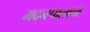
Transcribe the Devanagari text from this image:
मदनपालाचा